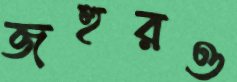
জহুরও